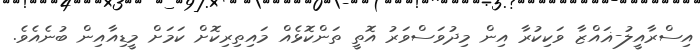
އިސްރާއީލު-ޣައްޒާ ވަކިކުރާ އިން މިދުވަސްވަރު އޮތީ ތަންކޮޅެއް މައިތިރިކޮށް ކަމަށް މީޑިއާއިން ބުނެއެވެ.